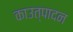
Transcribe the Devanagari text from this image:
काउत्पादन